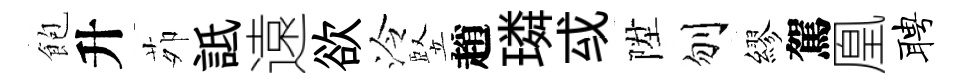
飽升茆詆遠欲泠竪趙璘㦯陞刎繆駕凰聘